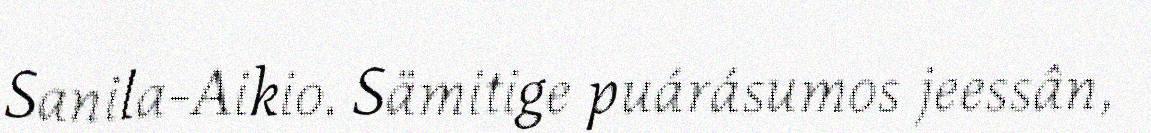
Sanila-Aikio. Sämitige puárásumos jeessân,